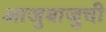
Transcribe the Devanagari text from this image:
आजुबाजुची